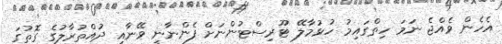
އެހެން ވެއްޖެ ނަމަ ހިތްގައިމު ހުޅުމާލޭ ޓޫރިސްޓުންނަށް ފެންނާނީ ވޭނާއި ދުއްތުރާލުގެ ގޮތުގަ